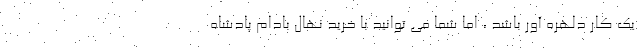
یک کار دلهره آور باشد ، اما شما می توانید با خرید نهال بادام پادشاه